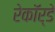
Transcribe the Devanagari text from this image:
रेकॉर्डे